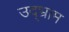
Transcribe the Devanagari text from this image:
उद्भ्राम